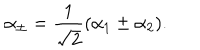
\alpha _ { \pm } = { \frac { 1 } { \sqrt 2 } } ( \alpha _ { 1 } \pm \alpha _ { 2 } ) .